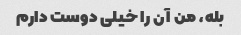
بله، من آن را خیلی دوست دارم